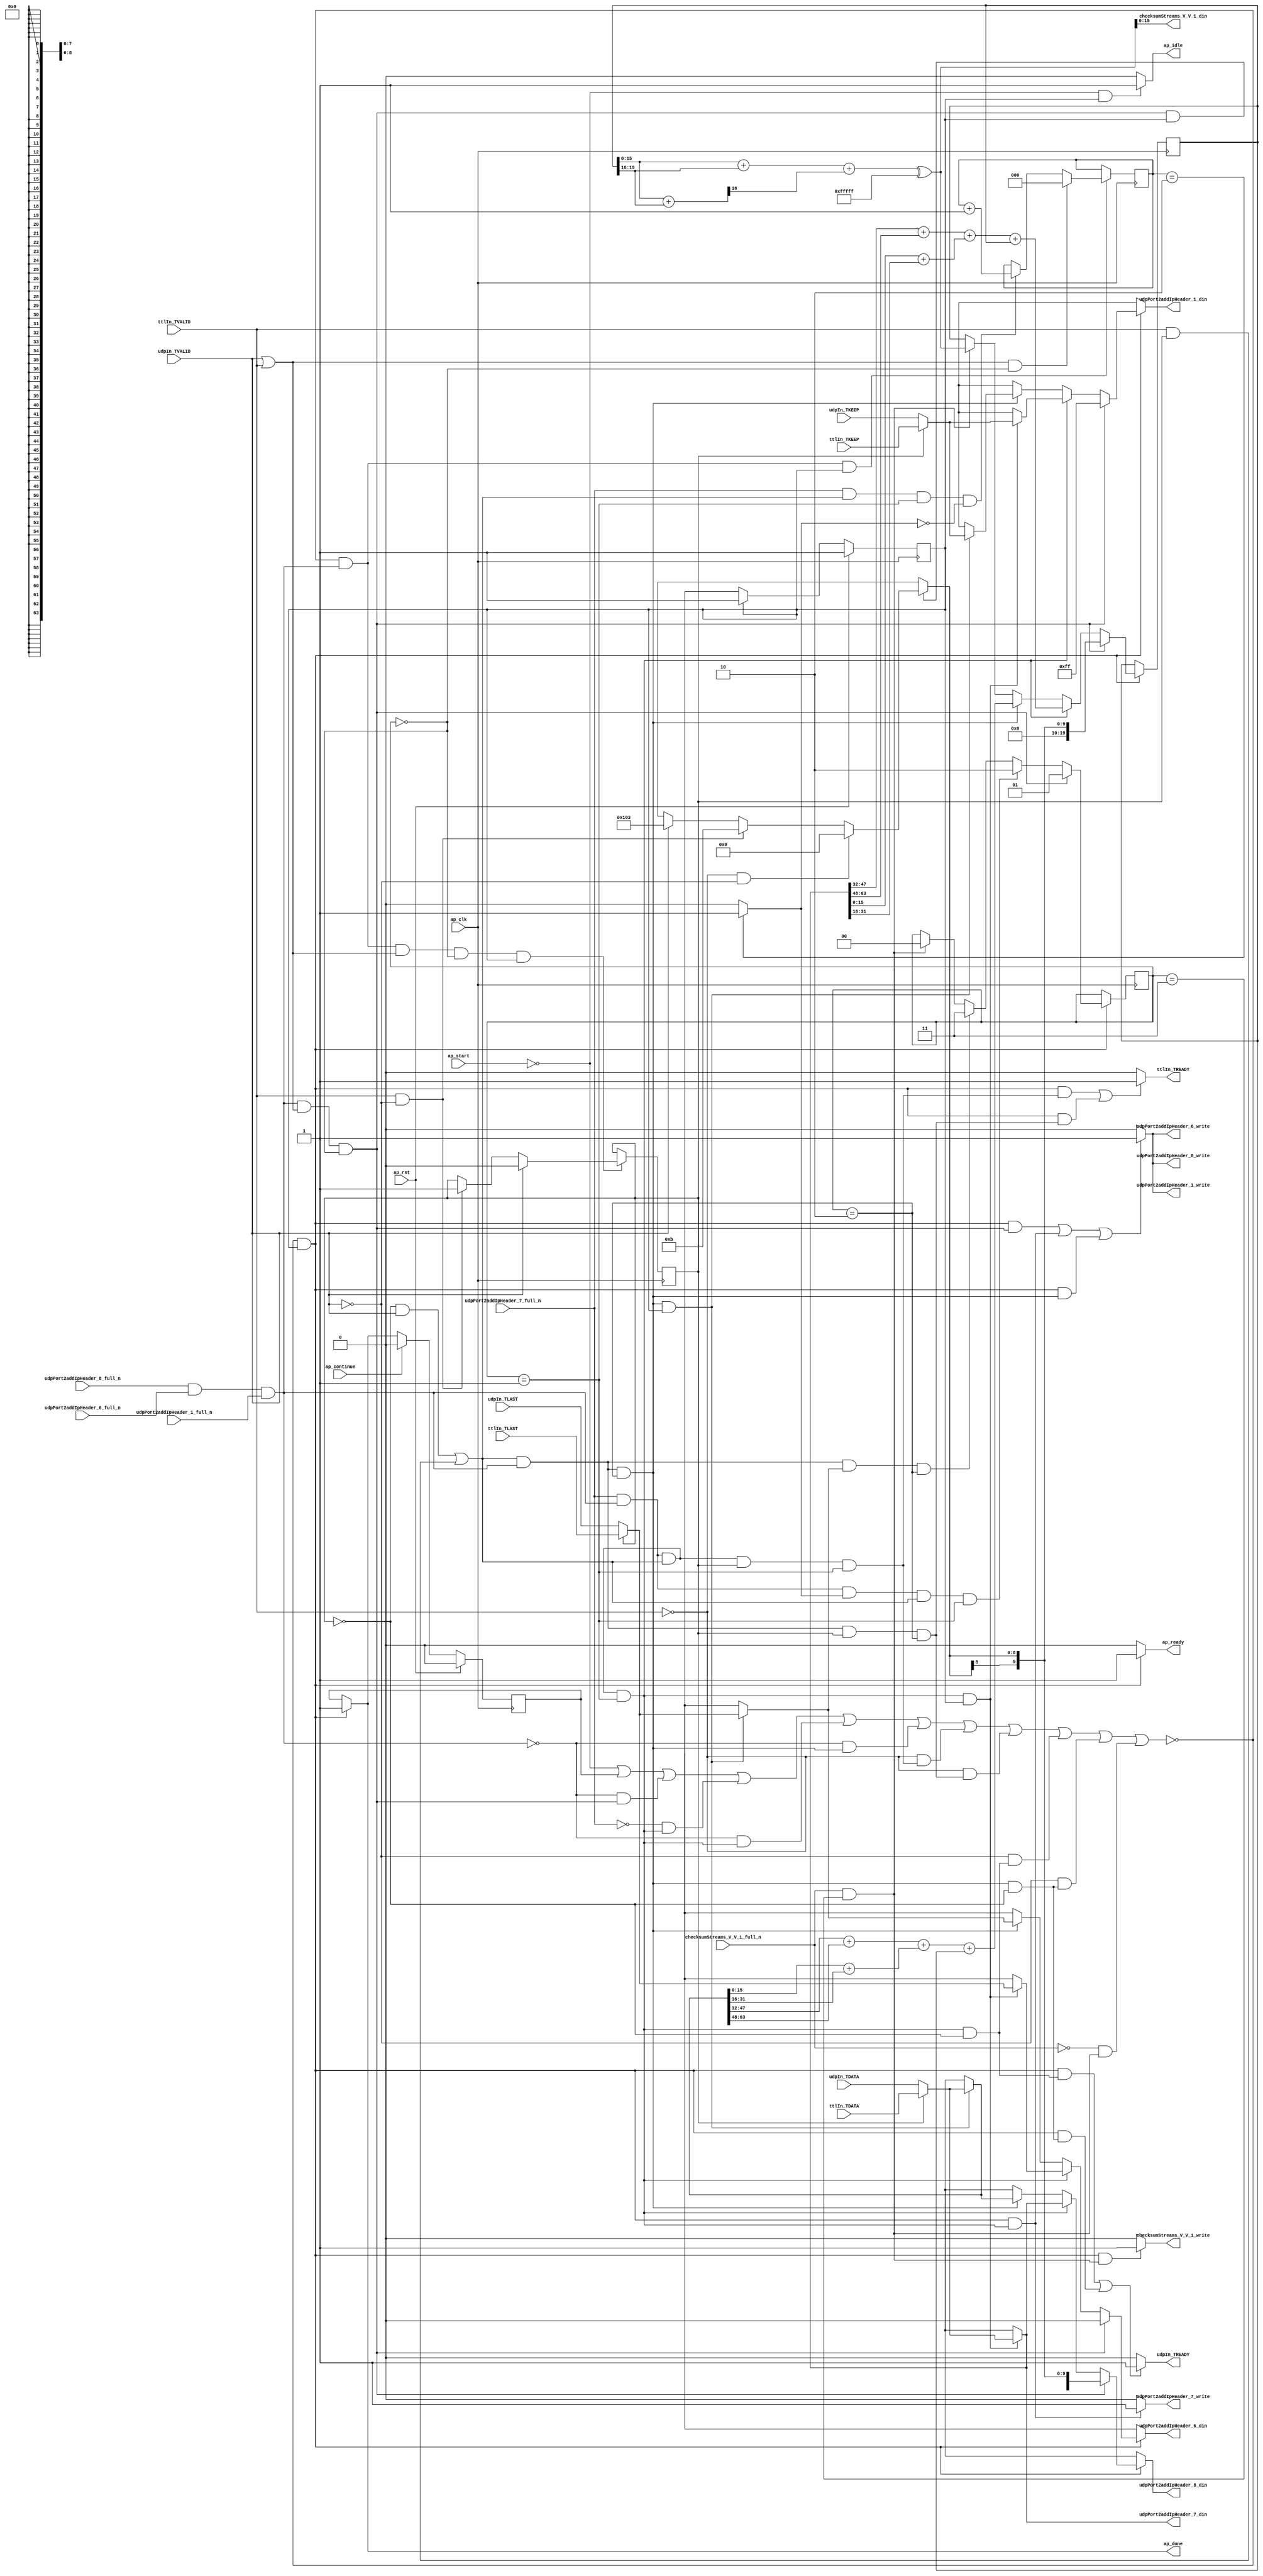
// ==============================================================
// RTL generated by Vivado(TM) HLS - High-Level Synthesis from C, C++ and OpenCL
// Version: 2019.2
// Copyright (C) 1986-2019 Xilinx, Inc. All Rights Reserved.
// 
// ===========================================================

`timescale 1 ns / 1 ps 

module udpPortUnreachable18 (
        ap_clk,
        ap_rst,
        ap_start,
        ap_done,
        ap_continue,
        ap_idle,
        ap_ready,
        udpIn_TDATA,
        udpIn_TVALID,
        udpIn_TREADY,
        udpIn_TKEEP,
        udpIn_TLAST,
        ttlIn_TDATA,
        ttlIn_TVALID,
        ttlIn_TREADY,
        ttlIn_TKEEP,
        ttlIn_TLAST,
        udpPort2addIpHeader_8_din,
        udpPort2addIpHeader_8_full_n,
        udpPort2addIpHeader_8_write,
        udpPort2addIpHeader_1_din,
        udpPort2addIpHeader_1_full_n,
        udpPort2addIpHeader_1_write,
        udpPort2addIpHeader_6_din,
        udpPort2addIpHeader_6_full_n,
        udpPort2addIpHeader_6_write,
        udpPort2addIpHeader_7_din,
        udpPort2addIpHeader_7_full_n,
        udpPort2addIpHeader_7_write,
        checksumStreams_V_V_1_din,
        checksumStreams_V_V_1_full_n,
        checksumStreams_V_V_1_write
);

parameter    ap_ST_fsm_state1 = 1'd1;

input   ap_clk;
input   ap_rst;
input   ap_start;
output   ap_done;
input   ap_continue;
output   ap_idle;
output   ap_ready;
input  [63:0] udpIn_TDATA;
input   udpIn_TVALID;
output   udpIn_TREADY;
input  [7:0] udpIn_TKEEP;
input  [0:0] udpIn_TLAST;
input  [63:0] ttlIn_TDATA;
input   ttlIn_TVALID;
output   ttlIn_TREADY;
input  [7:0] ttlIn_TKEEP;
input  [0:0] ttlIn_TLAST;
output  [63:0] udpPort2addIpHeader_8_din;
input   udpPort2addIpHeader_8_full_n;
output   udpPort2addIpHeader_8_write;
output  [7:0] udpPort2addIpHeader_1_din;
input   udpPort2addIpHeader_1_full_n;
output   udpPort2addIpHeader_1_write;
output  [0:0] udpPort2addIpHeader_6_din;
input   udpPort2addIpHeader_6_full_n;
output   udpPort2addIpHeader_6_write;
output  [63:0] udpPort2addIpHeader_7_din;
input   udpPort2addIpHeader_7_full_n;
output   udpPort2addIpHeader_7_write;
output  [15:0] checksumStreams_V_V_1_din;
input   checksumStreams_V_V_1_full_n;
output   checksumStreams_V_V_1_write;

reg ap_done;
reg ap_idle;
reg ap_ready;
reg udpIn_TREADY;
reg ttlIn_TREADY;
reg[63:0] udpPort2addIpHeader_8_din;
reg udpPort2addIpHeader_8_write;
reg[7:0] udpPort2addIpHeader_1_din;
reg udpPort2addIpHeader_1_write;
reg[0:0] udpPort2addIpHeader_6_din;
reg udpPort2addIpHeader_6_write;
reg udpPort2addIpHeader_7_write;
reg checksumStreams_V_V_1_write;

reg    ap_done_reg;
(* fsm_encoding = "none" *) reg   [0:0] ap_CS_fsm;
wire    ap_CS_fsm_state1;
reg   [1:0] udpState;
reg   [2:0] ipWordCounter_V;
reg   [0:0] streamSource_V_1;
reg   [19:0] udpChecksum_V;
reg    udpIn_TDATA_blk_n;
wire   [0:0] or_ln201_fu_571_p2;
wire   [0:0] grp_nbwritereq_fu_155_p5;
wire   [0:0] tmp_6_nbwritereq_fu_200_p3;
wire   [0:0] or_ln217_fu_449_p2;
reg    ttlIn_TDATA_blk_n;
reg    udpPort2addIpHeader_8_blk_n;
wire   [0:0] or_ln184_fu_693_p2;
reg    udpPort2addIpHeader_1_blk_n;
reg    udpPort2addIpHeader_6_blk_n;
reg    udpPort2addIpHeader_7_blk_n;
reg    checksumStreams_V_V_1_blk_n;
wire   [0:0] tmp_2_nbwritereq_fu_140_p3;
reg   [0:0] ap_phi_mux_tmp_last_V_4_phi_fu_220_p4;
reg    ap_predicate_op34_write_state1;
reg    ap_predicate_op46_read_state1;
reg    ap_predicate_op51_read_state1;
wire    io_acc_block_signal_op75;
reg    ap_predicate_op75_write_state1;
reg    ap_predicate_op91_read_state1;
reg    ap_predicate_op96_read_state1;
wire    io_acc_block_signal_op120;
reg    ap_predicate_op120_write_state1;
reg    ap_predicate_op121_write_state1;
wire    io_acc_block_signal_op147;
reg    ap_predicate_op147_write_state1;
reg    ap_block_state1;
reg   [7:0] ap_phi_mux_tmp_keep_V_4_phi_fu_230_p4;
reg   [63:0] ap_phi_mux_p_Val2_6_phi_fu_240_p4;
reg   [0:0] ap_phi_mux_tmp_last_V_5_phi_fu_250_p4;
reg   [7:0] ap_phi_mux_tmp_keep_V_5_phi_fu_260_p4;
reg   [63:0] ap_phi_mux_p_Val2_5_phi_fu_270_p4;
reg   [8:0] ap_phi_mux_p_Val2_4_phi_fu_281_p6;
wire   [0:0] tmp_nbreadreq_fu_116_p5;
wire   [0:0] tmp_1_nbreadreq_fu_128_p5;
wire   [0:0] icmp_ln879_fu_669_p2;
wire   [2:0] add_ln700_fu_675_p2;
wire   [19:0] r_V_2_fu_408_p2;
wire   [19:0] add_ln209_3_fu_535_p2;
wire   [19:0] add_ln209_7_fu_657_p2;
wire   [19:0] zext_ln209_fu_726_p1;
wire   [63:0] tmp_data_V_3_fu_721_p1;
wire   [15:0] trunc_ln182_fu_344_p1;
wire   [3:0] tmp_7_fu_352_p4;
wire   [16:0] zext_ln214_fu_348_p1;
wire   [16:0] zext_ln1503_fu_362_p1;
wire   [15:0] zext_ln214_3_fu_372_p1;
wire   [15:0] add_ln214_1_fu_376_p2;
wire   [16:0] add_ln214_fu_366_p2;
wire   [0:0] tmp_8_fu_386_p3;
wire   [16:0] zext_ln214_1_fu_382_p1;
wire   [16:0] r_V_fu_394_p1;
wire   [16:0] add_ln214_2_fu_398_p2;
wire   [19:0] zext_ln214_2_fu_404_p1;
wire   [0:0] xor_ln217_fu_431_p2;
wire   [0:0] and_ln217_fu_437_p2;
wire   [0:0] and_ln217_1_fu_443_p2;
wire   [15:0] p_Result_3_i_fu_455_p4;
wire   [15:0] p_Result_4_i_fu_465_p4;
wire   [15:0] p_Result_5_i_fu_483_p4;
wire   [15:0] trunc_ln647_fu_497_p1;
wire   [16:0] zext_ln647_fu_479_p1;
wire   [16:0] zext_ln209_1_fu_475_p1;
wire   [16:0] add_ln209_fu_505_p2;
wire   [16:0] zext_ln209_2_fu_501_p1;
wire   [16:0] zext_ln647_1_fu_493_p1;
wire   [16:0] add_ln209_1_fu_515_p2;
wire   [17:0] zext_ln209_3_fu_511_p1;
wire   [17:0] zext_ln209_4_fu_521_p1;
wire   [17:0] add_ln209_2_fu_525_p2;
wire   [19:0] zext_ln209_5_fu_531_p1;
wire   [0:0] xor_ln201_fu_553_p2;
wire   [0:0] and_ln201_fu_559_p2;
wire   [0:0] and_ln201_1_fu_565_p2;
wire   [15:0] p_Result_7_i_fu_577_p4;
wire   [15:0] p_Result_8_i_fu_587_p4;
wire   [15:0] p_Result_9_i_fu_605_p4;
wire   [15:0] trunc_ln647_1_fu_619_p1;
wire   [16:0] zext_ln647_2_fu_601_p1;
wire   [16:0] zext_ln209_6_fu_597_p1;
wire   [16:0] add_ln209_4_fu_627_p2;
wire   [16:0] zext_ln209_7_fu_623_p1;
wire   [16:0] zext_ln647_3_fu_615_p1;
wire   [16:0] add_ln209_5_fu_637_p2;
wire   [17:0] zext_ln209_8_fu_633_p1;
wire   [17:0] zext_ln209_9_fu_643_p1;
wire   [17:0] add_ln209_6_fu_647_p2;
wire   [19:0] zext_ln209_10_fu_653_p1;
wire  signed [9:0] sext_ln357_fu_717_p1;
reg   [0:0] ap_NS_fsm;
reg    ap_condition_111;
reg    ap_condition_116;
reg    ap_condition_119;
reg    ap_condition_540;
reg    ap_condition_538;
reg    ap_condition_234;
reg    ap_condition_88;
reg    ap_condition_115;
reg    ap_condition_110;
reg    ap_condition_185;
reg    ap_condition_228;
reg    ap_condition_232;

// power-on initialization
initial begin
#0 ap_done_reg = 1'b0;
#0 ap_CS_fsm = 1'd1;
#0 udpState = 2'd0;
#0 ipWordCounter_V = 3'd0;
#0 streamSource_V_1 = 1'd0;
#0 udpChecksum_V = 20'd0;
end

always @ (posedge ap_clk) begin
    if (ap_rst == 1'b1) begin
        ap_CS_fsm <= ap_ST_fsm_state1;
    end else begin
        ap_CS_fsm <= ap_NS_fsm;
    end
end

always @ (posedge ap_clk) begin
    if (ap_rst == 1'b1) begin
        ap_done_reg <= 1'b0;
    end else begin
        if ((ap_continue == 1'b1)) begin
            ap_done_reg <= 1'b0;
        end else if ((~((ap_start == 1'b0) | (ap_done_reg == 1'b1) | ((io_acc_block_signal_op147 == 1'b0) & (ap_predicate_op147_write_state1 == 1'b1)) | ((udpPort2addIpHeader_7_full_n == 1'b0) & (ap_predicate_op121_write_state1 == 1'b1)) | ((io_acc_block_signal_op120 == 1'b0) & (ap_predicate_op120_write_state1 == 1'b1)) | ((io_acc_block_signal_op75 == 1'b0) & (ap_predicate_op75_write_state1 == 1'b1)) | ((ttlIn_TVALID == 1'b0) & (ap_predicate_op96_read_state1 == 1'b1)) | ((ttlIn_TVALID == 1'b0) & (ap_predicate_op51_read_state1 == 1'b1)) | ((udpIn_TVALID == 1'b0) & (ap_predicate_op91_read_state1 == 1'b1)) | ((udpIn_TVALID == 1'b0) & (ap_predicate_op46_read_state1 == 1'b1)) | ((checksumStreams_V_V_1_full_n == 1'b0) & (ap_predicate_op34_write_state1 == 1'b1))) & (1'b1 == ap_CS_fsm_state1))) begin
            ap_done_reg <= 1'b1;
        end
    end
end

always @ (posedge ap_clk) begin
    if ((1'b1 == ap_condition_538)) begin
        if (((or_ln184_fu_693_p2 == 1'd1) & (udpState == 2'd0))) begin
            ipWordCounter_V <= 3'd0;
        end else if ((1'b1 == ap_condition_540)) begin
            ipWordCounter_V <= add_ln700_fu_675_p2;
        end
    end
end

always @ (posedge ap_clk) begin
    if ((1'b1 == ap_condition_234)) begin
        if ((tmp_nbreadreq_fu_116_p5 == 1'd1)) begin
            streamSource_V_1 <= 1'd0;
        end else if (((tmp_1_nbreadreq_fu_128_p5 == 1'd1) & (tmp_nbreadreq_fu_116_p5 == 1'd0))) begin
            streamSource_V_1 <= 1'd1;
        end
    end
end

always @ (posedge ap_clk) begin
    if ((1'b1 == ap_condition_185)) begin
        if ((1'b1 == ap_condition_110)) begin
            udpChecksum_V <= zext_ln209_fu_726_p1;
        end else if ((1'b1 == ap_condition_115)) begin
            udpChecksum_V <= add_ln209_7_fu_657_p2;
        end else if ((1'b1 == ap_condition_88)) begin
            udpChecksum_V <= add_ln209_3_fu_535_p2;
        end else if (((tmp_2_nbwritereq_fu_140_p3 == 1'd1) & (udpState == 2'd3))) begin
            udpChecksum_V <= r_V_2_fu_408_p2;
        end
    end
end

always @ (posedge ap_clk) begin
    if ((1'b1 == ap_condition_185)) begin
        if ((1'b1 == ap_condition_110)) begin
            udpState <= 2'd1;
        end else if ((1'b1 == ap_condition_232)) begin
            udpState <= 2'd2;
        end else if ((1'b1 == ap_condition_228)) begin
            udpState <= 2'd3;
        end else if (((tmp_2_nbwritereq_fu_140_p3 == 1'd1) & (udpState == 2'd3))) begin
            udpState <= 2'd0;
        end
    end
end

always @ (*) begin
    if ((~((ap_start == 1'b0) | (ap_done_reg == 1'b1) | ((io_acc_block_signal_op147 == 1'b0) & (ap_predicate_op147_write_state1 == 1'b1)) | ((udpPort2addIpHeader_7_full_n == 1'b0) & (ap_predicate_op121_write_state1 == 1'b1)) | ((io_acc_block_signal_op120 == 1'b0) & (ap_predicate_op120_write_state1 == 1'b1)) | ((io_acc_block_signal_op75 == 1'b0) & (ap_predicate_op75_write_state1 == 1'b1)) | ((ttlIn_TVALID == 1'b0) & (ap_predicate_op96_read_state1 == 1'b1)) | ((ttlIn_TVALID == 1'b0) & (ap_predicate_op51_read_state1 == 1'b1)) | ((udpIn_TVALID == 1'b0) & (ap_predicate_op91_read_state1 == 1'b1)) | ((udpIn_TVALID == 1'b0) & (ap_predicate_op46_read_state1 == 1'b1)) | ((checksumStreams_V_V_1_full_n == 1'b0) & (ap_predicate_op34_write_state1 == 1'b1))) & (1'b1 == ap_CS_fsm_state1))) begin
        ap_done = 1'b1;
    end else begin
        ap_done = ap_done_reg;
    end
end

always @ (*) begin
    if (((ap_start == 1'b0) & (1'b1 == ap_CS_fsm_state1))) begin
        ap_idle = 1'b1;
    end else begin
        ap_idle = 1'b0;
    end
end

always @ (*) begin
    if ((1'b1 == ap_condition_111)) begin
        if (((tmp_1_nbreadreq_fu_128_p5 == 1'd0) & (tmp_nbreadreq_fu_116_p5 == 1'd0))) begin
            ap_phi_mux_p_Val2_4_phi_fu_281_p6 = 9'd0;
        end else if (((tmp_1_nbreadreq_fu_128_p5 == 1'd1) & (tmp_nbreadreq_fu_116_p5 == 1'd0))) begin
            ap_phi_mux_p_Val2_4_phi_fu_281_p6 = 9'd11;
        end else if ((tmp_nbreadreq_fu_116_p5 == 1'd1)) begin
            ap_phi_mux_p_Val2_4_phi_fu_281_p6 = 9'd259;
        end else begin
            ap_phi_mux_p_Val2_4_phi_fu_281_p6 = 'bx;
        end
    end else begin
        ap_phi_mux_p_Val2_4_phi_fu_281_p6 = 'bx;
    end
end

always @ (*) begin
    if ((1'b1 == ap_condition_116)) begin
        if ((streamSource_V_1 == 1'd0)) begin
            ap_phi_mux_p_Val2_5_phi_fu_270_p4 = udpIn_TDATA;
        end else if ((streamSource_V_1 == 1'd1)) begin
            ap_phi_mux_p_Val2_5_phi_fu_270_p4 = ttlIn_TDATA;
        end else begin
            ap_phi_mux_p_Val2_5_phi_fu_270_p4 = 'bx;
        end
    end else begin
        ap_phi_mux_p_Val2_5_phi_fu_270_p4 = 'bx;
    end
end

always @ (*) begin
    if ((1'b1 == ap_condition_119)) begin
        if ((streamSource_V_1 == 1'd0)) begin
            ap_phi_mux_p_Val2_6_phi_fu_240_p4 = udpIn_TDATA;
        end else if ((streamSource_V_1 == 1'd1)) begin
            ap_phi_mux_p_Val2_6_phi_fu_240_p4 = ttlIn_TDATA;
        end else begin
            ap_phi_mux_p_Val2_6_phi_fu_240_p4 = 'bx;
        end
    end else begin
        ap_phi_mux_p_Val2_6_phi_fu_240_p4 = 'bx;
    end
end

always @ (*) begin
    if ((1'b1 == ap_condition_119)) begin
        if ((streamSource_V_1 == 1'd0)) begin
            ap_phi_mux_tmp_keep_V_4_phi_fu_230_p4 = udpIn_TKEEP;
        end else if ((streamSource_V_1 == 1'd1)) begin
            ap_phi_mux_tmp_keep_V_4_phi_fu_230_p4 = ttlIn_TKEEP;
        end else begin
            ap_phi_mux_tmp_keep_V_4_phi_fu_230_p4 = 'bx;
        end
    end else begin
        ap_phi_mux_tmp_keep_V_4_phi_fu_230_p4 = 'bx;
    end
end

always @ (*) begin
    if ((1'b1 == ap_condition_116)) begin
        if ((streamSource_V_1 == 1'd0)) begin
            ap_phi_mux_tmp_keep_V_5_phi_fu_260_p4 = udpIn_TKEEP;
        end else if ((streamSource_V_1 == 1'd1)) begin
            ap_phi_mux_tmp_keep_V_5_phi_fu_260_p4 = ttlIn_TKEEP;
        end else begin
            ap_phi_mux_tmp_keep_V_5_phi_fu_260_p4 = 'bx;
        end
    end else begin
        ap_phi_mux_tmp_keep_V_5_phi_fu_260_p4 = 'bx;
    end
end

always @ (*) begin
    if ((1'b1 == ap_condition_119)) begin
        if ((streamSource_V_1 == 1'd0)) begin
            ap_phi_mux_tmp_last_V_4_phi_fu_220_p4 = udpIn_TLAST;
        end else if ((streamSource_V_1 == 1'd1)) begin
            ap_phi_mux_tmp_last_V_4_phi_fu_220_p4 = ttlIn_TLAST;
        end else begin
            ap_phi_mux_tmp_last_V_4_phi_fu_220_p4 = 'bx;
        end
    end else begin
        ap_phi_mux_tmp_last_V_4_phi_fu_220_p4 = 'bx;
    end
end

always @ (*) begin
    if ((1'b1 == ap_condition_116)) begin
        if ((streamSource_V_1 == 1'd0)) begin
            ap_phi_mux_tmp_last_V_5_phi_fu_250_p4 = udpIn_TLAST;
        end else if ((streamSource_V_1 == 1'd1)) begin
            ap_phi_mux_tmp_last_V_5_phi_fu_250_p4 = ttlIn_TLAST;
        end else begin
            ap_phi_mux_tmp_last_V_5_phi_fu_250_p4 = 'bx;
        end
    end else begin
        ap_phi_mux_tmp_last_V_5_phi_fu_250_p4 = 'bx;
    end
end

always @ (*) begin
    if ((~((ap_start == 1'b0) | (ap_done_reg == 1'b1) | ((io_acc_block_signal_op147 == 1'b0) & (ap_predicate_op147_write_state1 == 1'b1)) | ((udpPort2addIpHeader_7_full_n == 1'b0) & (ap_predicate_op121_write_state1 == 1'b1)) | ((io_acc_block_signal_op120 == 1'b0) & (ap_predicate_op120_write_state1 == 1'b1)) | ((io_acc_block_signal_op75 == 1'b0) & (ap_predicate_op75_write_state1 == 1'b1)) | ((ttlIn_TVALID == 1'b0) & (ap_predicate_op96_read_state1 == 1'b1)) | ((ttlIn_TVALID == 1'b0) & (ap_predicate_op51_read_state1 == 1'b1)) | ((udpIn_TVALID == 1'b0) & (ap_predicate_op91_read_state1 == 1'b1)) | ((udpIn_TVALID == 1'b0) & (ap_predicate_op46_read_state1 == 1'b1)) | ((checksumStreams_V_V_1_full_n == 1'b0) & (ap_predicate_op34_write_state1 == 1'b1))) & (1'b1 == ap_CS_fsm_state1))) begin
        ap_ready = 1'b1;
    end else begin
        ap_ready = 1'b0;
    end
end

always @ (*) begin
    if ((~((ap_start == 1'b0) | (ap_done_reg == 1'b1)) & (tmp_2_nbwritereq_fu_140_p3 == 1'd1) & (udpState == 2'd3) & (1'b1 == ap_CS_fsm_state1))) begin
        checksumStreams_V_V_1_blk_n = checksumStreams_V_V_1_full_n;
    end else begin
        checksumStreams_V_V_1_blk_n = 1'b1;
    end
end

always @ (*) begin
    if ((~((ap_start == 1'b0) | (ap_done_reg == 1'b1) | ((io_acc_block_signal_op147 == 1'b0) & (ap_predicate_op147_write_state1 == 1'b1)) | ((udpPort2addIpHeader_7_full_n == 1'b0) & (ap_predicate_op121_write_state1 == 1'b1)) | ((io_acc_block_signal_op120 == 1'b0) & (ap_predicate_op120_write_state1 == 1'b1)) | ((io_acc_block_signal_op75 == 1'b0) & (ap_predicate_op75_write_state1 == 1'b1)) | ((ttlIn_TVALID == 1'b0) & (ap_predicate_op96_read_state1 == 1'b1)) | ((ttlIn_TVALID == 1'b0) & (ap_predicate_op51_read_state1 == 1'b1)) | ((udpIn_TVALID == 1'b0) & (ap_predicate_op91_read_state1 == 1'b1)) | ((udpIn_TVALID == 1'b0) & (ap_predicate_op46_read_state1 == 1'b1)) | ((checksumStreams_V_V_1_full_n == 1'b0) & (ap_predicate_op34_write_state1 == 1'b1))) & (1'b1 == ap_CS_fsm_state1) & (ap_predicate_op34_write_state1 == 1'b1))) begin
        checksumStreams_V_V_1_write = 1'b1;
    end else begin
        checksumStreams_V_V_1_write = 1'b0;
    end
end

always @ (*) begin
    if (((~((ap_start == 1'b0) | (ap_done_reg == 1'b1)) & (or_ln217_fu_449_p2 == 1'd1) & (grp_nbwritereq_fu_155_p5 == 1'd1) & (streamSource_V_1 == 1'd1) & (udpState == 2'd2) & (1'b1 == ap_CS_fsm_state1)) | (~((ap_start == 1'b0) | (ap_done_reg == 1'b1)) & (tmp_6_nbwritereq_fu_200_p3 == 1'd1) & (grp_nbwritereq_fu_155_p5 == 1'd1) & (or_ln201_fu_571_p2 == 1'd1) & (streamSource_V_1 == 1'd1) & (udpState == 2'd1) & (1'b1 == ap_CS_fsm_state1)))) begin
        ttlIn_TDATA_blk_n = ttlIn_TVALID;
    end else begin
        ttlIn_TDATA_blk_n = 1'b1;
    end
end

always @ (*) begin
    if (((~((ap_start == 1'b0) | (ap_done_reg == 1'b1) | ((io_acc_block_signal_op147 == 1'b0) & (ap_predicate_op147_write_state1 == 1'b1)) | ((udpPort2addIpHeader_7_full_n == 1'b0) & (ap_predicate_op121_write_state1 == 1'b1)) | ((io_acc_block_signal_op120 == 1'b0) & (ap_predicate_op120_write_state1 == 1'b1)) | ((io_acc_block_signal_op75 == 1'b0) & (ap_predicate_op75_write_state1 == 1'b1)) | ((ttlIn_TVALID == 1'b0) & (ap_predicate_op96_read_state1 == 1'b1)) | ((ttlIn_TVALID == 1'b0) & (ap_predicate_op51_read_state1 == 1'b1)) | ((udpIn_TVALID == 1'b0) & (ap_predicate_op91_read_state1 == 1'b1)) | ((udpIn_TVALID == 1'b0) & (ap_predicate_op46_read_state1 == 1'b1)) | ((checksumStreams_V_V_1_full_n == 1'b0) & (ap_predicate_op34_write_state1 == 1'b1))) & (1'b1 == ap_CS_fsm_state1) & (ap_predicate_op96_read_state1 == 1'b1)) | (~((ap_start == 1'b0) | (ap_done_reg == 1'b1) | ((io_acc_block_signal_op147 == 1'b0) & (ap_predicate_op147_write_state1 == 1'b1)) | ((udpPort2addIpHeader_7_full_n == 1'b0) & (ap_predicate_op121_write_state1 == 1'b1)) | ((io_acc_block_signal_op120 == 1'b0) & (ap_predicate_op120_write_state1 == 1'b1)) | ((io_acc_block_signal_op75 == 1'b0) & (ap_predicate_op75_write_state1 == 1'b1)) | ((ttlIn_TVALID == 1'b0) & (ap_predicate_op96_read_state1 == 1'b1)) | ((ttlIn_TVALID == 1'b0) & (ap_predicate_op51_read_state1 == 1'b1)) | ((udpIn_TVALID == 1'b0) & (ap_predicate_op91_read_state1 == 1'b1)) | ((udpIn_TVALID == 1'b0) & (ap_predicate_op46_read_state1 == 1'b1)) | ((checksumStreams_V_V_1_full_n == 1'b0) & (ap_predicate_op34_write_state1 == 1'b1))) & (1'b1 == ap_CS_fsm_state1) & (ap_predicate_op51_read_state1 == 1'b1)))) begin
        ttlIn_TREADY = 1'b1;
    end else begin
        ttlIn_TREADY = 1'b0;
    end
end

always @ (*) begin
    if (((~((ap_start == 1'b0) | (ap_done_reg == 1'b1)) & (or_ln217_fu_449_p2 == 1'd1) & (grp_nbwritereq_fu_155_p5 == 1'd1) & (udpState == 2'd2) & (streamSource_V_1 == 1'd0) & (1'b1 == ap_CS_fsm_state1)) | (~((ap_start == 1'b0) | (ap_done_reg == 1'b1)) & (tmp_6_nbwritereq_fu_200_p3 == 1'd1) & (grp_nbwritereq_fu_155_p5 == 1'd1) & (or_ln201_fu_571_p2 == 1'd1) & (udpState == 2'd1) & (streamSource_V_1 == 1'd0) & (1'b1 == ap_CS_fsm_state1)))) begin
        udpIn_TDATA_blk_n = udpIn_TVALID;
    end else begin
        udpIn_TDATA_blk_n = 1'b1;
    end
end

always @ (*) begin
    if (((~((ap_start == 1'b0) | (ap_done_reg == 1'b1) | ((io_acc_block_signal_op147 == 1'b0) & (ap_predicate_op147_write_state1 == 1'b1)) | ((udpPort2addIpHeader_7_full_n == 1'b0) & (ap_predicate_op121_write_state1 == 1'b1)) | ((io_acc_block_signal_op120 == 1'b0) & (ap_predicate_op120_write_state1 == 1'b1)) | ((io_acc_block_signal_op75 == 1'b0) & (ap_predicate_op75_write_state1 == 1'b1)) | ((ttlIn_TVALID == 1'b0) & (ap_predicate_op96_read_state1 == 1'b1)) | ((ttlIn_TVALID == 1'b0) & (ap_predicate_op51_read_state1 == 1'b1)) | ((udpIn_TVALID == 1'b0) & (ap_predicate_op91_read_state1 == 1'b1)) | ((udpIn_TVALID == 1'b0) & (ap_predicate_op46_read_state1 == 1'b1)) | ((checksumStreams_V_V_1_full_n == 1'b0) & (ap_predicate_op34_write_state1 == 1'b1))) & (1'b1 == ap_CS_fsm_state1) & (ap_predicate_op91_read_state1 == 1'b1)) | (~((ap_start == 1'b0) | (ap_done_reg == 1'b1) | ((io_acc_block_signal_op147 == 1'b0) & (ap_predicate_op147_write_state1 == 1'b1)) | ((udpPort2addIpHeader_7_full_n == 1'b0) & (ap_predicate_op121_write_state1 == 1'b1)) | ((io_acc_block_signal_op120 == 1'b0) & (ap_predicate_op120_write_state1 == 1'b1)) | ((io_acc_block_signal_op75 == 1'b0) & (ap_predicate_op75_write_state1 == 1'b1)) | ((ttlIn_TVALID == 1'b0) & (ap_predicate_op96_read_state1 == 1'b1)) | ((ttlIn_TVALID == 1'b0) & (ap_predicate_op51_read_state1 == 1'b1)) | ((udpIn_TVALID == 1'b0) & (ap_predicate_op91_read_state1 == 1'b1)) | ((udpIn_TVALID == 1'b0) & (ap_predicate_op46_read_state1 == 1'b1)) | ((checksumStreams_V_V_1_full_n == 1'b0) & (ap_predicate_op34_write_state1 == 1'b1))) & (1'b1 == ap_CS_fsm_state1) & (ap_predicate_op46_read_state1 == 1'b1)))) begin
        udpIn_TREADY = 1'b1;
    end else begin
        udpIn_TREADY = 1'b0;
    end
end

always @ (*) begin
    if (((~((ap_start == 1'b0) | (ap_done_reg == 1'b1)) & (or_ln217_fu_449_p2 == 1'd1) & (grp_nbwritereq_fu_155_p5 == 1'd1) & (udpState == 2'd2) & (1'b1 == ap_CS_fsm_state1)) | (~((ap_start == 1'b0) | (ap_done_reg == 1'b1)) & (grp_nbwritereq_fu_155_p5 == 1'd1) & (or_ln184_fu_693_p2 == 1'd1) & (udpState == 2'd0) & (1'b1 == ap_CS_fsm_state1)) | (~((ap_start == 1'b0) | (ap_done_reg == 1'b1)) & (tmp_6_nbwritereq_fu_200_p3 == 1'd1) & (grp_nbwritereq_fu_155_p5 == 1'd1) & (or_ln201_fu_571_p2 == 1'd1) & (udpState == 2'd1) & (1'b1 == ap_CS_fsm_state1)))) begin
        udpPort2addIpHeader_1_blk_n = udpPort2addIpHeader_1_full_n;
    end else begin
        udpPort2addIpHeader_1_blk_n = 1'b1;
    end
end

always @ (*) begin
    if ((1'b1 == ap_condition_185)) begin
        if ((ap_predicate_op147_write_state1 == 1'b1)) begin
            udpPort2addIpHeader_1_din = 8'd255;
        end else if ((ap_predicate_op120_write_state1 == 1'b1)) begin
            udpPort2addIpHeader_1_din = ap_phi_mux_tmp_keep_V_5_phi_fu_260_p4;
        end else if ((ap_predicate_op75_write_state1 == 1'b1)) begin
            udpPort2addIpHeader_1_din = ap_phi_mux_tmp_keep_V_4_phi_fu_230_p4;
        end else begin
            udpPort2addIpHeader_1_din = 'bx;
        end
    end else begin
        udpPort2addIpHeader_1_din = 'bx;
    end
end

always @ (*) begin
    if (((~((ap_start == 1'b0) | (ap_done_reg == 1'b1) | ((io_acc_block_signal_op147 == 1'b0) & (ap_predicate_op147_write_state1 == 1'b1)) | ((udpPort2addIpHeader_7_full_n == 1'b0) & (ap_predicate_op121_write_state1 == 1'b1)) | ((io_acc_block_signal_op120 == 1'b0) & (ap_predicate_op120_write_state1 == 1'b1)) | ((io_acc_block_signal_op75 == 1'b0) & (ap_predicate_op75_write_state1 == 1'b1)) | ((ttlIn_TVALID == 1'b0) & (ap_predicate_op96_read_state1 == 1'b1)) | ((ttlIn_TVALID == 1'b0) & (ap_predicate_op51_read_state1 == 1'b1)) | ((udpIn_TVALID == 1'b0) & (ap_predicate_op91_read_state1 == 1'b1)) | ((udpIn_TVALID == 1'b0) & (ap_predicate_op46_read_state1 == 1'b1)) | ((checksumStreams_V_V_1_full_n == 1'b0) & (ap_predicate_op34_write_state1 == 1'b1))) & (1'b1 == ap_CS_fsm_state1) & (ap_predicate_op147_write_state1 == 1'b1)) | (~((ap_start == 1'b0) | (ap_done_reg == 1'b1) | ((io_acc_block_signal_op147 == 1'b0) & (ap_predicate_op147_write_state1 == 1'b1)) | ((udpPort2addIpHeader_7_full_n == 1'b0) & (ap_predicate_op121_write_state1 == 1'b1)) | ((io_acc_block_signal_op120 == 1'b0) & (ap_predicate_op120_write_state1 == 1'b1)) | ((io_acc_block_signal_op75 == 1'b0) & (ap_predicate_op75_write_state1 == 1'b1)) | ((ttlIn_TVALID == 1'b0) & (ap_predicate_op96_read_state1 == 1'b1)) | ((ttlIn_TVALID == 1'b0) & (ap_predicate_op51_read_state1 == 1'b1)) | ((udpIn_TVALID == 1'b0) & (ap_predicate_op91_read_state1 == 1'b1)) | ((udpIn_TVALID == 1'b0) & (ap_predicate_op46_read_state1 == 1'b1)) | ((checksumStreams_V_V_1_full_n == 1'b0) & (ap_predicate_op34_write_state1 == 1'b1))) & (1'b1 == ap_CS_fsm_state1) & (ap_predicate_op120_write_state1 == 1'b1)) | (~((ap_start == 1'b0) | (ap_done_reg == 1'b1) | ((io_acc_block_signal_op147 == 1'b0) & (ap_predicate_op147_write_state1 == 1'b1)) | ((udpPort2addIpHeader_7_full_n == 1'b0) & (ap_predicate_op121_write_state1 == 1'b1)) | ((io_acc_block_signal_op120 == 1'b0) & (ap_predicate_op120_write_state1 == 1'b1)) | ((io_acc_block_signal_op75 == 1'b0) & (ap_predicate_op75_write_state1 == 1'b1)) | ((ttlIn_TVALID == 1'b0) & (ap_predicate_op96_read_state1 == 1'b1)) | ((ttlIn_TVALID == 1'b0) & (ap_predicate_op51_read_state1 == 1'b1)) | ((udpIn_TVALID == 1'b0) & (ap_predicate_op91_read_state1 == 1'b1)) | ((udpIn_TVALID == 1'b0) & (ap_predicate_op46_read_state1 == 1'b1)) | ((checksumStreams_V_V_1_full_n == 1'b0) & (ap_predicate_op34_write_state1 == 1'b1))) & (1'b1 == ap_CS_fsm_state1) & (ap_predicate_op75_write_state1 == 1'b1)))) begin
        udpPort2addIpHeader_1_write = 1'b1;
    end else begin
        udpPort2addIpHeader_1_write = 1'b0;
    end
end

always @ (*) begin
    if (((~((ap_start == 1'b0) | (ap_done_reg == 1'b1)) & (or_ln217_fu_449_p2 == 1'd1) & (grp_nbwritereq_fu_155_p5 == 1'd1) & (udpState == 2'd2) & (1'b1 == ap_CS_fsm_state1)) | (~((ap_start == 1'b0) | (ap_done_reg == 1'b1)) & (grp_nbwritereq_fu_155_p5 == 1'd1) & (or_ln184_fu_693_p2 == 1'd1) & (udpState == 2'd0) & (1'b1 == ap_CS_fsm_state1)) | (~((ap_start == 1'b0) | (ap_done_reg == 1'b1)) & (tmp_6_nbwritereq_fu_200_p3 == 1'd1) & (grp_nbwritereq_fu_155_p5 == 1'd1) & (or_ln201_fu_571_p2 == 1'd1) & (udpState == 2'd1) & (1'b1 == ap_CS_fsm_state1)))) begin
        udpPort2addIpHeader_6_blk_n = udpPort2addIpHeader_6_full_n;
    end else begin
        udpPort2addIpHeader_6_blk_n = 1'b1;
    end
end

always @ (*) begin
    if ((1'b1 == ap_condition_185)) begin
        if ((ap_predicate_op147_write_state1 == 1'b1)) begin
            udpPort2addIpHeader_6_din = 1'd0;
        end else if ((ap_predicate_op120_write_state1 == 1'b1)) begin
            udpPort2addIpHeader_6_din = ap_phi_mux_tmp_last_V_5_phi_fu_250_p4;
        end else if ((ap_predicate_op75_write_state1 == 1'b1)) begin
            udpPort2addIpHeader_6_din = ap_phi_mux_tmp_last_V_4_phi_fu_220_p4;
        end else begin
            udpPort2addIpHeader_6_din = 'bx;
        end
    end else begin
        udpPort2addIpHeader_6_din = 'bx;
    end
end

always @ (*) begin
    if (((~((ap_start == 1'b0) | (ap_done_reg == 1'b1) | ((io_acc_block_signal_op147 == 1'b0) & (ap_predicate_op147_write_state1 == 1'b1)) | ((udpPort2addIpHeader_7_full_n == 1'b0) & (ap_predicate_op121_write_state1 == 1'b1)) | ((io_acc_block_signal_op120 == 1'b0) & (ap_predicate_op120_write_state1 == 1'b1)) | ((io_acc_block_signal_op75 == 1'b0) & (ap_predicate_op75_write_state1 == 1'b1)) | ((ttlIn_TVALID == 1'b0) & (ap_predicate_op96_read_state1 == 1'b1)) | ((ttlIn_TVALID == 1'b0) & (ap_predicate_op51_read_state1 == 1'b1)) | ((udpIn_TVALID == 1'b0) & (ap_predicate_op91_read_state1 == 1'b1)) | ((udpIn_TVALID == 1'b0) & (ap_predicate_op46_read_state1 == 1'b1)) | ((checksumStreams_V_V_1_full_n == 1'b0) & (ap_predicate_op34_write_state1 == 1'b1))) & (1'b1 == ap_CS_fsm_state1) & (ap_predicate_op147_write_state1 == 1'b1)) | (~((ap_start == 1'b0) | (ap_done_reg == 1'b1) | ((io_acc_block_signal_op147 == 1'b0) & (ap_predicate_op147_write_state1 == 1'b1)) | ((udpPort2addIpHeader_7_full_n == 1'b0) & (ap_predicate_op121_write_state1 == 1'b1)) | ((io_acc_block_signal_op120 == 1'b0) & (ap_predicate_op120_write_state1 == 1'b1)) | ((io_acc_block_signal_op75 == 1'b0) & (ap_predicate_op75_write_state1 == 1'b1)) | ((ttlIn_TVALID == 1'b0) & (ap_predicate_op96_read_state1 == 1'b1)) | ((ttlIn_TVALID == 1'b0) & (ap_predicate_op51_read_state1 == 1'b1)) | ((udpIn_TVALID == 1'b0) & (ap_predicate_op91_read_state1 == 1'b1)) | ((udpIn_TVALID == 1'b0) & (ap_predicate_op46_read_state1 == 1'b1)) | ((checksumStreams_V_V_1_full_n == 1'b0) & (ap_predicate_op34_write_state1 == 1'b1))) & (1'b1 == ap_CS_fsm_state1) & (ap_predicate_op120_write_state1 == 1'b1)) | (~((ap_start == 1'b0) | (ap_done_reg == 1'b1) | ((io_acc_block_signal_op147 == 1'b0) & (ap_predicate_op147_write_state1 == 1'b1)) | ((udpPort2addIpHeader_7_full_n == 1'b0) & (ap_predicate_op121_write_state1 == 1'b1)) | ((io_acc_block_signal_op120 == 1'b0) & (ap_predicate_op120_write_state1 == 1'b1)) | ((io_acc_block_signal_op75 == 1'b0) & (ap_predicate_op75_write_state1 == 1'b1)) | ((ttlIn_TVALID == 1'b0) & (ap_predicate_op96_read_state1 == 1'b1)) | ((ttlIn_TVALID == 1'b0) & (ap_predicate_op51_read_state1 == 1'b1)) | ((udpIn_TVALID == 1'b0) & (ap_predicate_op91_read_state1 == 1'b1)) | ((udpIn_TVALID == 1'b0) & (ap_predicate_op46_read_state1 == 1'b1)) | ((checksumStreams_V_V_1_full_n == 1'b0) & (ap_predicate_op34_write_state1 == 1'b1))) & (1'b1 == ap_CS_fsm_state1) & (ap_predicate_op75_write_state1 == 1'b1)))) begin
        udpPort2addIpHeader_6_write = 1'b1;
    end else begin
        udpPort2addIpHeader_6_write = 1'b0;
    end
end

always @ (*) begin
    if ((~((ap_start == 1'b0) | (ap_done_reg == 1'b1)) & (tmp_6_nbwritereq_fu_200_p3 == 1'd1) & (grp_nbwritereq_fu_155_p5 == 1'd1) & (or_ln201_fu_571_p2 == 1'd1) & (udpState == 2'd1) & (1'b1 == ap_CS_fsm_state1))) begin
        udpPort2addIpHeader_7_blk_n = udpPort2addIpHeader_7_full_n;
    end else begin
        udpPort2addIpHeader_7_blk_n = 1'b1;
    end
end

always @ (*) begin
    if ((~((ap_start == 1'b0) | (ap_done_reg == 1'b1) | ((io_acc_block_signal_op147 == 1'b0) & (ap_predicate_op147_write_state1 == 1'b1)) | ((udpPort2addIpHeader_7_full_n == 1'b0) & (ap_predicate_op121_write_state1 == 1'b1)) | ((io_acc_block_signal_op120 == 1'b0) & (ap_predicate_op120_write_state1 == 1'b1)) | ((io_acc_block_signal_op75 == 1'b0) & (ap_predicate_op75_write_state1 == 1'b1)) | ((ttlIn_TVALID == 1'b0) & (ap_predicate_op96_read_state1 == 1'b1)) | ((ttlIn_TVALID == 1'b0) & (ap_predicate_op51_read_state1 == 1'b1)) | ((udpIn_TVALID == 1'b0) & (ap_predicate_op91_read_state1 == 1'b1)) | ((udpIn_TVALID == 1'b0) & (ap_predicate_op46_read_state1 == 1'b1)) | ((checksumStreams_V_V_1_full_n == 1'b0) & (ap_predicate_op34_write_state1 == 1'b1))) & (1'b1 == ap_CS_fsm_state1) & (ap_predicate_op121_write_state1 == 1'b1))) begin
        udpPort2addIpHeader_7_write = 1'b1;
    end else begin
        udpPort2addIpHeader_7_write = 1'b0;
    end
end

always @ (*) begin
    if (((~((ap_start == 1'b0) | (ap_done_reg == 1'b1)) & (or_ln217_fu_449_p2 == 1'd1) & (grp_nbwritereq_fu_155_p5 == 1'd1) & (udpState == 2'd2) & (1'b1 == ap_CS_fsm_state1)) | (~((ap_start == 1'b0) | (ap_done_reg == 1'b1)) & (grp_nbwritereq_fu_155_p5 == 1'd1) & (or_ln184_fu_693_p2 == 1'd1) & (udpState == 2'd0) & (1'b1 == ap_CS_fsm_state1)) | (~((ap_start == 1'b0) | (ap_done_reg == 1'b1)) & (tmp_6_nbwritereq_fu_200_p3 == 1'd1) & (grp_nbwritereq_fu_155_p5 == 1'd1) & (or_ln201_fu_571_p2 == 1'd1) & (udpState == 2'd1) & (1'b1 == ap_CS_fsm_state1)))) begin
        udpPort2addIpHeader_8_blk_n = udpPort2addIpHeader_8_full_n;
    end else begin
        udpPort2addIpHeader_8_blk_n = 1'b1;
    end
end

always @ (*) begin
    if ((1'b1 == ap_condition_185)) begin
        if ((ap_predicate_op147_write_state1 == 1'b1)) begin
            udpPort2addIpHeader_8_din = tmp_data_V_3_fu_721_p1;
        end else if ((ap_predicate_op120_write_state1 == 1'b1)) begin
            udpPort2addIpHeader_8_din = ap_phi_mux_p_Val2_5_phi_fu_270_p4;
        end else if ((ap_predicate_op75_write_state1 == 1'b1)) begin
            udpPort2addIpHeader_8_din = ap_phi_mux_p_Val2_6_phi_fu_240_p4;
        end else begin
            udpPort2addIpHeader_8_din = 'bx;
        end
    end else begin
        udpPort2addIpHeader_8_din = 'bx;
    end
end

always @ (*) begin
    if (((~((ap_start == 1'b0) | (ap_done_reg == 1'b1) | ((io_acc_block_signal_op147 == 1'b0) & (ap_predicate_op147_write_state1 == 1'b1)) | ((udpPort2addIpHeader_7_full_n == 1'b0) & (ap_predicate_op121_write_state1 == 1'b1)) | ((io_acc_block_signal_op120 == 1'b0) & (ap_predicate_op120_write_state1 == 1'b1)) | ((io_acc_block_signal_op75 == 1'b0) & (ap_predicate_op75_write_state1 == 1'b1)) | ((ttlIn_TVALID == 1'b0) & (ap_predicate_op96_read_state1 == 1'b1)) | ((ttlIn_TVALID == 1'b0) & (ap_predicate_op51_read_state1 == 1'b1)) | ((udpIn_TVALID == 1'b0) & (ap_predicate_op91_read_state1 == 1'b1)) | ((udpIn_TVALID == 1'b0) & (ap_predicate_op46_read_state1 == 1'b1)) | ((checksumStreams_V_V_1_full_n == 1'b0) & (ap_predicate_op34_write_state1 == 1'b1))) & (1'b1 == ap_CS_fsm_state1) & (ap_predicate_op147_write_state1 == 1'b1)) | (~((ap_start == 1'b0) | (ap_done_reg == 1'b1) | ((io_acc_block_signal_op147 == 1'b0) & (ap_predicate_op147_write_state1 == 1'b1)) | ((udpPort2addIpHeader_7_full_n == 1'b0) & (ap_predicate_op121_write_state1 == 1'b1)) | ((io_acc_block_signal_op120 == 1'b0) & (ap_predicate_op120_write_state1 == 1'b1)) | ((io_acc_block_signal_op75 == 1'b0) & (ap_predicate_op75_write_state1 == 1'b1)) | ((ttlIn_TVALID == 1'b0) & (ap_predicate_op96_read_state1 == 1'b1)) | ((ttlIn_TVALID == 1'b0) & (ap_predicate_op51_read_state1 == 1'b1)) | ((udpIn_TVALID == 1'b0) & (ap_predicate_op91_read_state1 == 1'b1)) | ((udpIn_TVALID == 1'b0) & (ap_predicate_op46_read_state1 == 1'b1)) | ((checksumStreams_V_V_1_full_n == 1'b0) & (ap_predicate_op34_write_state1 == 1'b1))) & (1'b1 == ap_CS_fsm_state1) & (ap_predicate_op120_write_state1 == 1'b1)) | (~((ap_start == 1'b0) | (ap_done_reg == 1'b1) | ((io_acc_block_signal_op147 == 1'b0) & (ap_predicate_op147_write_state1 == 1'b1)) | ((udpPort2addIpHeader_7_full_n == 1'b0) & (ap_predicate_op121_write_state1 == 1'b1)) | ((io_acc_block_signal_op120 == 1'b0) & (ap_predicate_op120_write_state1 == 1'b1)) | ((io_acc_block_signal_op75 == 1'b0) & (ap_predicate_op75_write_state1 == 1'b1)) | ((ttlIn_TVALID == 1'b0) & (ap_predicate_op96_read_state1 == 1'b1)) | ((ttlIn_TVALID == 1'b0) & (ap_predicate_op51_read_state1 == 1'b1)) | ((udpIn_TVALID == 1'b0) & (ap_predicate_op91_read_state1 == 1'b1)) | ((udpIn_TVALID == 1'b0) & (ap_predicate_op46_read_state1 == 1'b1)) | ((checksumStreams_V_V_1_full_n == 1'b0) & (ap_predicate_op34_write_state1 == 1'b1))) & (1'b1 == ap_CS_fsm_state1) & (ap_predicate_op75_write_state1 == 1'b1)))) begin
        udpPort2addIpHeader_8_write = 1'b1;
    end else begin
        udpPort2addIpHeader_8_write = 1'b0;
    end
end

always @ (*) begin
    case (ap_CS_fsm)
        ap_ST_fsm_state1 : begin
            ap_NS_fsm = ap_ST_fsm_state1;
        end
        default : begin
            ap_NS_fsm = 'bx;
        end
    endcase
end

assign add_ln209_1_fu_515_p2 = (zext_ln209_2_fu_501_p1 + zext_ln647_1_fu_493_p1);

assign add_ln209_2_fu_525_p2 = (zext_ln209_3_fu_511_p1 + zext_ln209_4_fu_521_p1);

assign add_ln209_3_fu_535_p2 = (zext_ln209_5_fu_531_p1 + udpChecksum_V);

assign add_ln209_4_fu_627_p2 = (zext_ln647_2_fu_601_p1 + zext_ln209_6_fu_597_p1);

assign add_ln209_5_fu_637_p2 = (zext_ln209_7_fu_623_p1 + zext_ln647_3_fu_615_p1);

assign add_ln209_6_fu_647_p2 = (zext_ln209_8_fu_633_p1 + zext_ln209_9_fu_643_p1);

assign add_ln209_7_fu_657_p2 = (zext_ln209_10_fu_653_p1 + udpChecksum_V);

assign add_ln209_fu_505_p2 = (zext_ln647_fu_479_p1 + zext_ln209_1_fu_475_p1);

assign add_ln214_1_fu_376_p2 = (trunc_ln182_fu_344_p1 + zext_ln214_3_fu_372_p1);

assign add_ln214_2_fu_398_p2 = (zext_ln214_1_fu_382_p1 + r_V_fu_394_p1);

assign add_ln214_fu_366_p2 = (zext_ln214_fu_348_p1 + zext_ln1503_fu_362_p1);

assign add_ln700_fu_675_p2 = (ipWordCounter_V + 3'd1);

assign and_ln201_1_fu_565_p2 = (tmp_1_nbreadreq_fu_128_p5 & streamSource_V_1);

assign and_ln201_fu_559_p2 = (xor_ln201_fu_553_p2 & tmp_nbreadreq_fu_116_p5);

assign and_ln217_1_fu_443_p2 = (tmp_1_nbreadreq_fu_128_p5 & streamSource_V_1);

assign and_ln217_fu_437_p2 = (xor_ln217_fu_431_p2 & tmp_nbreadreq_fu_116_p5);

assign ap_CS_fsm_state1 = ap_CS_fsm[32'd0];

always @ (*) begin
    ap_block_state1 = ((ap_start == 1'b0) | (ap_done_reg == 1'b1) | ((io_acc_block_signal_op147 == 1'b0) & (ap_predicate_op147_write_state1 == 1'b1)) | ((udpPort2addIpHeader_7_full_n == 1'b0) & (ap_predicate_op121_write_state1 == 1'b1)) | ((io_acc_block_signal_op120 == 1'b0) & (ap_predicate_op120_write_state1 == 1'b1)) | ((io_acc_block_signal_op75 == 1'b0) & (ap_predicate_op75_write_state1 == 1'b1)) | ((ttlIn_TVALID == 1'b0) & (ap_predicate_op96_read_state1 == 1'b1)) | ((ttlIn_TVALID == 1'b0) & (ap_predicate_op51_read_state1 == 1'b1)) | ((udpIn_TVALID == 1'b0) & (ap_predicate_op91_read_state1 == 1'b1)) | ((udpIn_TVALID == 1'b0) & (ap_predicate_op46_read_state1 == 1'b1)) | ((checksumStreams_V_V_1_full_n == 1'b0) & (ap_predicate_op34_write_state1 == 1'b1)));
end

always @ (*) begin
    ap_condition_110 = ((grp_nbwritereq_fu_155_p5 == 1'd1) & (or_ln184_fu_693_p2 == 1'd1) & (udpState == 2'd0));
end

always @ (*) begin
    ap_condition_111 = ((grp_nbwritereq_fu_155_p5 == 1'd1) & (or_ln184_fu_693_p2 == 1'd1) & (udpState == 2'd0) & (1'b1 == ap_CS_fsm_state1));
end

always @ (*) begin
    ap_condition_115 = ((tmp_6_nbwritereq_fu_200_p3 == 1'd1) & (grp_nbwritereq_fu_155_p5 == 1'd1) & (or_ln201_fu_571_p2 == 1'd1) & (udpState == 2'd1));
end

always @ (*) begin
    ap_condition_116 = ((tmp_6_nbwritereq_fu_200_p3 == 1'd1) & (grp_nbwritereq_fu_155_p5 == 1'd1) & (or_ln201_fu_571_p2 == 1'd1) & (udpState == 2'd1) & (1'b1 == ap_CS_fsm_state1));
end

always @ (*) begin
    ap_condition_119 = ((or_ln217_fu_449_p2 == 1'd1) & (grp_nbwritereq_fu_155_p5 == 1'd1) & (udpState == 2'd2) & (1'b1 == ap_CS_fsm_state1));
end

always @ (*) begin
    ap_condition_185 = (~((ap_start == 1'b0) | (ap_done_reg == 1'b1) | ((io_acc_block_signal_op147 == 1'b0) & (ap_predicate_op147_write_state1 == 1'b1)) | ((udpPort2addIpHeader_7_full_n == 1'b0) & (ap_predicate_op121_write_state1 == 1'b1)) | ((io_acc_block_signal_op120 == 1'b0) & (ap_predicate_op120_write_state1 == 1'b1)) | ((io_acc_block_signal_op75 == 1'b0) & (ap_predicate_op75_write_state1 == 1'b1)) | ((ttlIn_TVALID == 1'b0) & (ap_predicate_op96_read_state1 == 1'b1)) | ((ttlIn_TVALID == 1'b0) & (ap_predicate_op51_read_state1 == 1'b1)) | ((udpIn_TVALID == 1'b0) & (ap_predicate_op91_read_state1 == 1'b1)) | ((udpIn_TVALID == 1'b0) & (ap_predicate_op46_read_state1 == 1'b1)) | ((checksumStreams_V_V_1_full_n == 1'b0) & (ap_predicate_op34_write_state1 == 1'b1))) & (1'b1 == ap_CS_fsm_state1));
end

always @ (*) begin
    ap_condition_228 = ((or_ln217_fu_449_p2 == 1'd1) & (grp_nbwritereq_fu_155_p5 == 1'd1) & (ap_phi_mux_tmp_last_V_4_phi_fu_220_p4 == 1'd1) & (udpState == 2'd2));
end

always @ (*) begin
    ap_condition_232 = ((tmp_6_nbwritereq_fu_200_p3 == 1'd1) & (grp_nbwritereq_fu_155_p5 == 1'd1) & (icmp_ln879_fu_669_p2 == 1'd1) & (or_ln201_fu_571_p2 == 1'd1) & (udpState == 2'd1));
end

always @ (*) begin
    ap_condition_234 = (~((ap_start == 1'b0) | (ap_done_reg == 1'b1) | ((io_acc_block_signal_op147 == 1'b0) & (ap_predicate_op147_write_state1 == 1'b1)) | ((udpPort2addIpHeader_7_full_n == 1'b0) & (ap_predicate_op121_write_state1 == 1'b1)) | ((io_acc_block_signal_op120 == 1'b0) & (ap_predicate_op120_write_state1 == 1'b1)) | ((io_acc_block_signal_op75 == 1'b0) & (ap_predicate_op75_write_state1 == 1'b1)) | ((ttlIn_TVALID == 1'b0) & (ap_predicate_op96_read_state1 == 1'b1)) | ((ttlIn_TVALID == 1'b0) & (ap_predicate_op51_read_state1 == 1'b1)) | ((udpIn_TVALID == 1'b0) & (ap_predicate_op91_read_state1 == 1'b1)) | ((udpIn_TVALID == 1'b0) & (ap_predicate_op46_read_state1 == 1'b1)) | ((checksumStreams_V_V_1_full_n == 1'b0) & (ap_predicate_op34_write_state1 == 1'b1))) & (grp_nbwritereq_fu_155_p5 == 1'd1) & (or_ln184_fu_693_p2 == 1'd1) & (udpState == 2'd0) & (1'b1 == ap_CS_fsm_state1));
end

always @ (*) begin
    ap_condition_538 = (~((ap_start == 1'b0) | (ap_done_reg == 1'b1) | ((io_acc_block_signal_op147 == 1'b0) & (ap_predicate_op147_write_state1 == 1'b1)) | ((udpPort2addIpHeader_7_full_n == 1'b0) & (ap_predicate_op121_write_state1 == 1'b1)) | ((io_acc_block_signal_op120 == 1'b0) & (ap_predicate_op120_write_state1 == 1'b1)) | ((io_acc_block_signal_op75 == 1'b0) & (ap_predicate_op75_write_state1 == 1'b1)) | ((ttlIn_TVALID == 1'b0) & (ap_predicate_op96_read_state1 == 1'b1)) | ((ttlIn_TVALID == 1'b0) & (ap_predicate_op51_read_state1 == 1'b1)) | ((udpIn_TVALID == 1'b0) & (ap_predicate_op91_read_state1 == 1'b1)) | ((udpIn_TVALID == 1'b0) & (ap_predicate_op46_read_state1 == 1'b1)) | ((checksumStreams_V_V_1_full_n == 1'b0) & (ap_predicate_op34_write_state1 == 1'b1))) & (grp_nbwritereq_fu_155_p5 == 1'd1) & (1'b1 == ap_CS_fsm_state1));
end

always @ (*) begin
    ap_condition_540 = ((tmp_6_nbwritereq_fu_200_p3 == 1'd1) & (or_ln201_fu_571_p2 == 1'd1) & (udpState == 2'd1) & (icmp_ln879_fu_669_p2 == 1'd0));
end

always @ (*) begin
    ap_condition_88 = ((or_ln217_fu_449_p2 == 1'd1) & (grp_nbwritereq_fu_155_p5 == 1'd1) & (udpState == 2'd2));
end

always @ (*) begin
    ap_predicate_op120_write_state1 = ((tmp_6_nbwritereq_fu_200_p3 == 1'd1) & (grp_nbwritereq_fu_155_p5 == 1'd1) & (or_ln201_fu_571_p2 == 1'd1) & (udpState == 2'd1));
end

always @ (*) begin
    ap_predicate_op121_write_state1 = ((tmp_6_nbwritereq_fu_200_p3 == 1'd1) & (grp_nbwritereq_fu_155_p5 == 1'd1) & (or_ln201_fu_571_p2 == 1'd1) & (udpState == 2'd1));
end

always @ (*) begin
    ap_predicate_op147_write_state1 = ((grp_nbwritereq_fu_155_p5 == 1'd1) & (or_ln184_fu_693_p2 == 1'd1) & (udpState == 2'd0));
end

always @ (*) begin
    ap_predicate_op34_write_state1 = ((tmp_2_nbwritereq_fu_140_p3 == 1'd1) & (udpState == 2'd3));
end

always @ (*) begin
    ap_predicate_op46_read_state1 = ((or_ln217_fu_449_p2 == 1'd1) & (grp_nbwritereq_fu_155_p5 == 1'd1) & (udpState == 2'd2) & (streamSource_V_1 == 1'd0));
end

always @ (*) begin
    ap_predicate_op51_read_state1 = ((or_ln217_fu_449_p2 == 1'd1) & (grp_nbwritereq_fu_155_p5 == 1'd1) & (streamSource_V_1 == 1'd1) & (udpState == 2'd2));
end

always @ (*) begin
    ap_predicate_op75_write_state1 = ((or_ln217_fu_449_p2 == 1'd1) & (grp_nbwritereq_fu_155_p5 == 1'd1) & (udpState == 2'd2));
end

always @ (*) begin
    ap_predicate_op91_read_state1 = ((tmp_6_nbwritereq_fu_200_p3 == 1'd1) & (grp_nbwritereq_fu_155_p5 == 1'd1) & (or_ln201_fu_571_p2 == 1'd1) & (udpState == 2'd1) & (streamSource_V_1 == 1'd0));
end

always @ (*) begin
    ap_predicate_op96_read_state1 = ((tmp_6_nbwritereq_fu_200_p3 == 1'd1) & (grp_nbwritereq_fu_155_p5 == 1'd1) & (or_ln201_fu_571_p2 == 1'd1) & (streamSource_V_1 == 1'd1) & (udpState == 2'd1));
end

assign checksumStreams_V_V_1_din = r_V_2_fu_408_p2[15:0];

assign grp_nbwritereq_fu_155_p5 = (udpPort2addIpHeader_8_full_n & udpPort2addIpHeader_6_full_n & udpPort2addIpHeader_1_full_n);

assign icmp_ln879_fu_669_p2 = ((ipWordCounter_V == 3'd2) ? 1'b1 : 1'b0);

assign io_acc_block_signal_op120 = (udpPort2addIpHeader_8_full_n & udpPort2addIpHeader_6_full_n & udpPort2addIpHeader_1_full_n);

assign io_acc_block_signal_op147 = (udpPort2addIpHeader_8_full_n & udpPort2addIpHeader_6_full_n & udpPort2addIpHeader_1_full_n);

assign io_acc_block_signal_op75 = (udpPort2addIpHeader_8_full_n & udpPort2addIpHeader_6_full_n & udpPort2addIpHeader_1_full_n);

assign or_ln184_fu_693_p2 = (tmp_nbreadreq_fu_116_p5 | tmp_1_nbreadreq_fu_128_p5);

assign or_ln201_fu_571_p2 = (and_ln201_fu_559_p2 | and_ln201_1_fu_565_p2);

assign or_ln217_fu_449_p2 = (and_ln217_fu_437_p2 | and_ln217_1_fu_443_p2);

assign p_Result_3_i_fu_455_p4 = {{ap_phi_mux_p_Val2_6_phi_fu_240_p4[63:48]}};

assign p_Result_4_i_fu_465_p4 = {{ap_phi_mux_p_Val2_6_phi_fu_240_p4[47:32]}};

assign p_Result_5_i_fu_483_p4 = {{ap_phi_mux_p_Val2_6_phi_fu_240_p4[31:16]}};

assign p_Result_7_i_fu_577_p4 = {{ap_phi_mux_p_Val2_5_phi_fu_270_p4[63:48]}};

assign p_Result_8_i_fu_587_p4 = {{ap_phi_mux_p_Val2_5_phi_fu_270_p4[47:32]}};

assign p_Result_9_i_fu_605_p4 = {{ap_phi_mux_p_Val2_5_phi_fu_270_p4[31:16]}};

assign r_V_2_fu_408_p2 = (zext_ln214_2_fu_404_p1 ^ 20'd1048575);

assign r_V_fu_394_p1 = tmp_8_fu_386_p3;

assign sext_ln357_fu_717_p1 = $signed(ap_phi_mux_p_Val2_4_phi_fu_281_p6);

assign tmp_1_nbreadreq_fu_128_p5 = ttlIn_TVALID;

assign tmp_2_nbwritereq_fu_140_p3 = checksumStreams_V_V_1_full_n;

assign tmp_6_nbwritereq_fu_200_p3 = udpPort2addIpHeader_7_full_n;

assign tmp_7_fu_352_p4 = {{udpChecksum_V[19:16]}};

assign tmp_8_fu_386_p3 = add_ln214_fu_366_p2[32'd16];

assign tmp_data_V_3_fu_721_p1 = $unsigned(sext_ln357_fu_717_p1);

assign tmp_nbreadreq_fu_116_p5 = udpIn_TVALID;

assign trunc_ln182_fu_344_p1 = udpChecksum_V[15:0];

assign trunc_ln647_1_fu_619_p1 = ap_phi_mux_p_Val2_5_phi_fu_270_p4[15:0];

assign trunc_ln647_fu_497_p1 = ap_phi_mux_p_Val2_6_phi_fu_240_p4[15:0];

assign udpPort2addIpHeader_7_din = ap_phi_mux_p_Val2_5_phi_fu_270_p4;

assign xor_ln201_fu_553_p2 = (streamSource_V_1 ^ 1'd1);

assign xor_ln217_fu_431_p2 = (streamSource_V_1 ^ 1'd1);

assign zext_ln1503_fu_362_p1 = tmp_7_fu_352_p4;

assign zext_ln209_10_fu_653_p1 = add_ln209_6_fu_647_p2;

assign zext_ln209_1_fu_475_p1 = p_Result_3_i_fu_455_p4;

assign zext_ln209_2_fu_501_p1 = trunc_ln647_fu_497_p1;

assign zext_ln209_3_fu_511_p1 = add_ln209_fu_505_p2;

assign zext_ln209_4_fu_521_p1 = add_ln209_1_fu_515_p2;

assign zext_ln209_5_fu_531_p1 = add_ln209_2_fu_525_p2;

assign zext_ln209_6_fu_597_p1 = p_Result_7_i_fu_577_p4;

assign zext_ln209_7_fu_623_p1 = trunc_ln647_1_fu_619_p1;

assign zext_ln209_8_fu_633_p1 = add_ln209_4_fu_627_p2;

assign zext_ln209_9_fu_643_p1 = add_ln209_5_fu_637_p2;

assign zext_ln209_fu_726_p1 = $unsigned(sext_ln357_fu_717_p1);

assign zext_ln214_1_fu_382_p1 = add_ln214_1_fu_376_p2;

assign zext_ln214_2_fu_404_p1 = add_ln214_2_fu_398_p2;

assign zext_ln214_3_fu_372_p1 = tmp_7_fu_352_p4;

assign zext_ln214_fu_348_p1 = trunc_ln182_fu_344_p1;

assign zext_ln647_1_fu_493_p1 = p_Result_5_i_fu_483_p4;

assign zext_ln647_2_fu_601_p1 = p_Result_8_i_fu_587_p4;

assign zext_ln647_3_fu_615_p1 = p_Result_9_i_fu_605_p4;

assign zext_ln647_fu_479_p1 = p_Result_4_i_fu_465_p4;

endmodule //udpPortUnreachable18